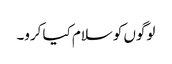
لوگوں کو سلام کیا کرو۔